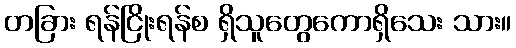
တခြား ရန်ငြိုးရန်စ ရှိသူတွေကောရှိသေး သား။